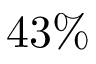
4 3 \%